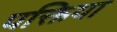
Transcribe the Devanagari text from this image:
पक्तिया